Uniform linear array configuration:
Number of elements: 4
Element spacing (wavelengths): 0.75
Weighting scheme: kaiser
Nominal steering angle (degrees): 15
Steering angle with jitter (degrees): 15.638
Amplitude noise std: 0.05
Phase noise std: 0.05

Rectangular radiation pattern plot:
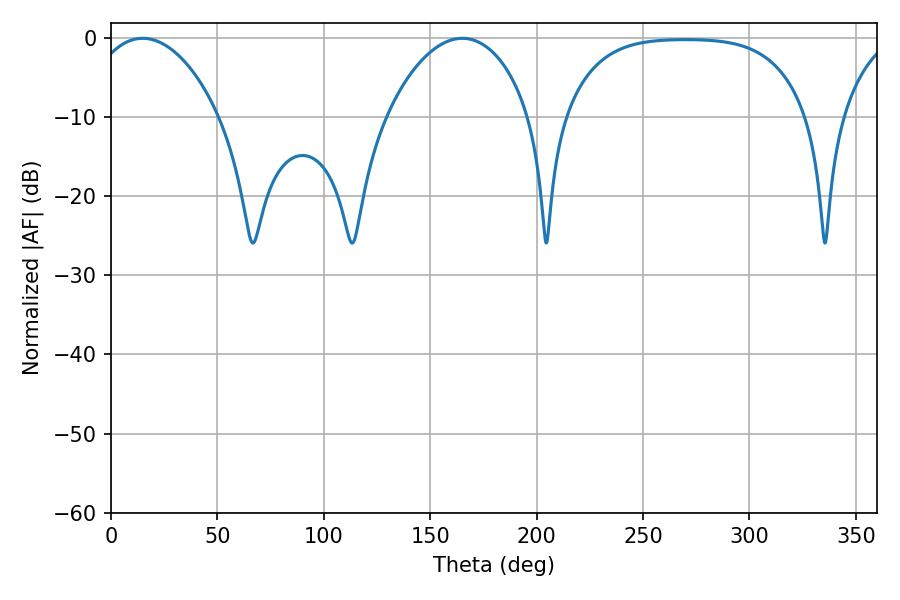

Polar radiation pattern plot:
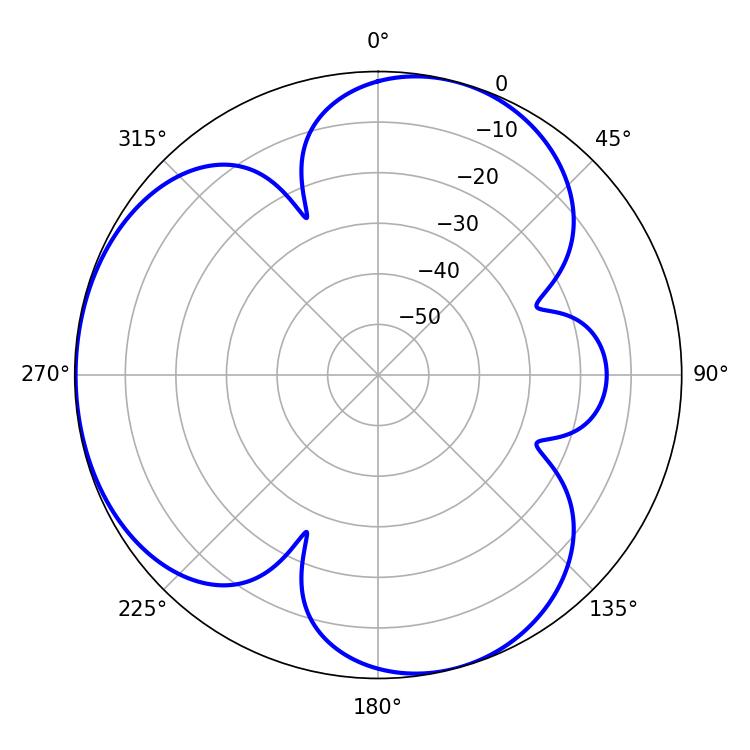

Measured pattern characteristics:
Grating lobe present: TRUE
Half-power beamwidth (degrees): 34.74
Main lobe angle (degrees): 14.94